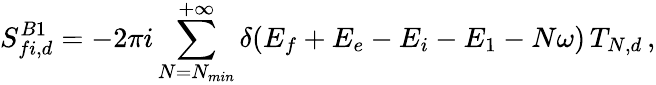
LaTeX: S_{fi,d}^{B1}=-2\pi i\sum_{N=N_{min}}^{+\infty}\delta(E_{f}+E_{e}-E_{i}-E_{1}-N\omega)\, T_{N,d}\, ,